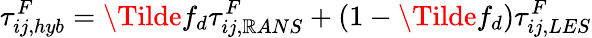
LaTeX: \tau_{ij,hyb}^{F}=\Tilde{f}_{d}\tau_{ij,\mathbb{R}ANS}^{F}+(1-\Tilde{f}_{d})\tau_{ij,LES}^{F}